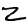
Digit: 2